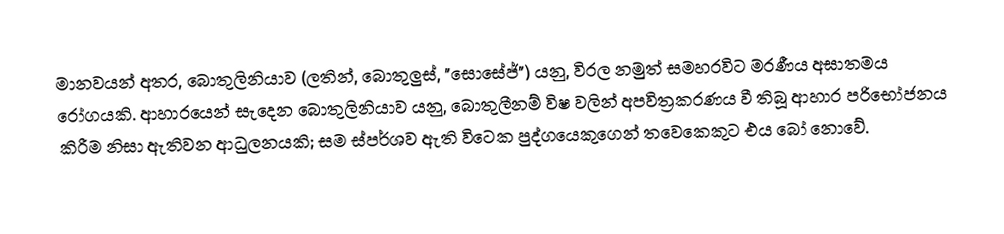
මානවයන් අතර, බොතුලිනියාව (ලතින්, බොතුලුස්, "සොසේජ්") යනු, විරල නමුත් සමහරවිට මරණීය අඝාතමය රෝගයකි. ආහාරයෙන් සැදෙන බොතුලිනියාව යනු, බොතුලීනම් විෂ වලින් අපවිත්‍රකරණය වී තිබූ ආහාර පරිභෝජනය කිරීම නිසා ඇතිවන ආධුලනයකි; සම ස්පර්ශව ඇති විටෙක පුද්ගයෙකුගෙන් තවෙකෙකුට එය බෝ නොවේ.